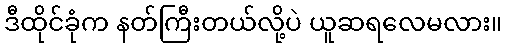
ဒီထိုင်ခုံက နတ်ကြီးတယ်လို့ပဲ ယူဆရလေမလား။